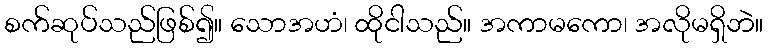
စက်ဆုပ်သည်ဖြစ်၍။ သောအဟံ၊ ထိုငါသည်။ အကာမကော၊ အလိုမရှိဘဲ။